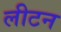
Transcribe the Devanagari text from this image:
लीटन